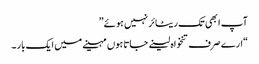
آپ ابھی تک ریٹائر نہیں ہوئے”
“ارے صرف تنخواہ لینے جاتا ہوں مہینے میں ایک بار ۔